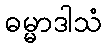
ဓမ္မာဒါသံ